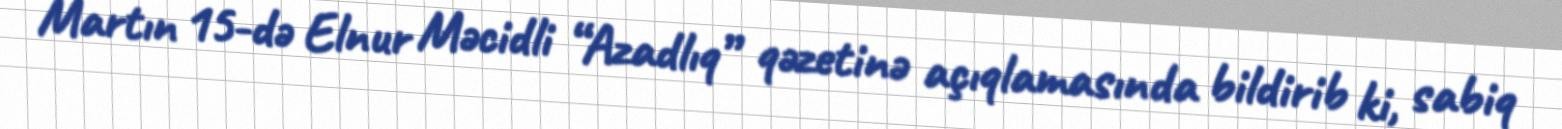
Martın 15-də Elnur Məcidli “Azadlıq” qəzetinə açıqlamasında bildirib ki, sabiq